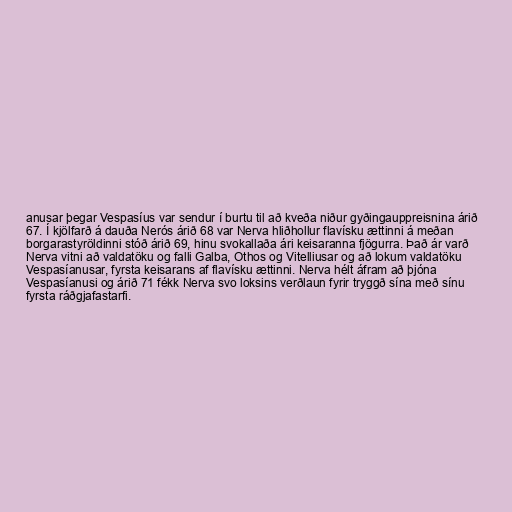
anusar þegar Vespasíus var sendur í burtu til að kveða niður gyðingauppreisnina árið
67. Í kjölfarð á dauða Nerós árið 68 var Nerva hliðhollur flavísku ættinni á meðan
borgarastyröldinni stóð árið 69, hinu svokallaða ári keisaranna fjögurra. Það ár varð
Nerva vitni að valdatöku og falli Galba, Othos og Vitelliusar og að lokum valdatöku
Vespasíanusar, fyrsta keisarans af flavísku ættinni. Nerva hélt áfram að þjóna
Vespasíanusi og árið 71 fékk Nerva svo loksins verðlaun fyrir tryggð sína með sínu
fyrsta ráðgjafastarfi.